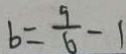
b = \frac { 9 } { 6 } - 1